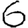
Digit: 6